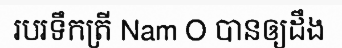
របរទឹកត្រី Nam O បានឲ្យដឹង